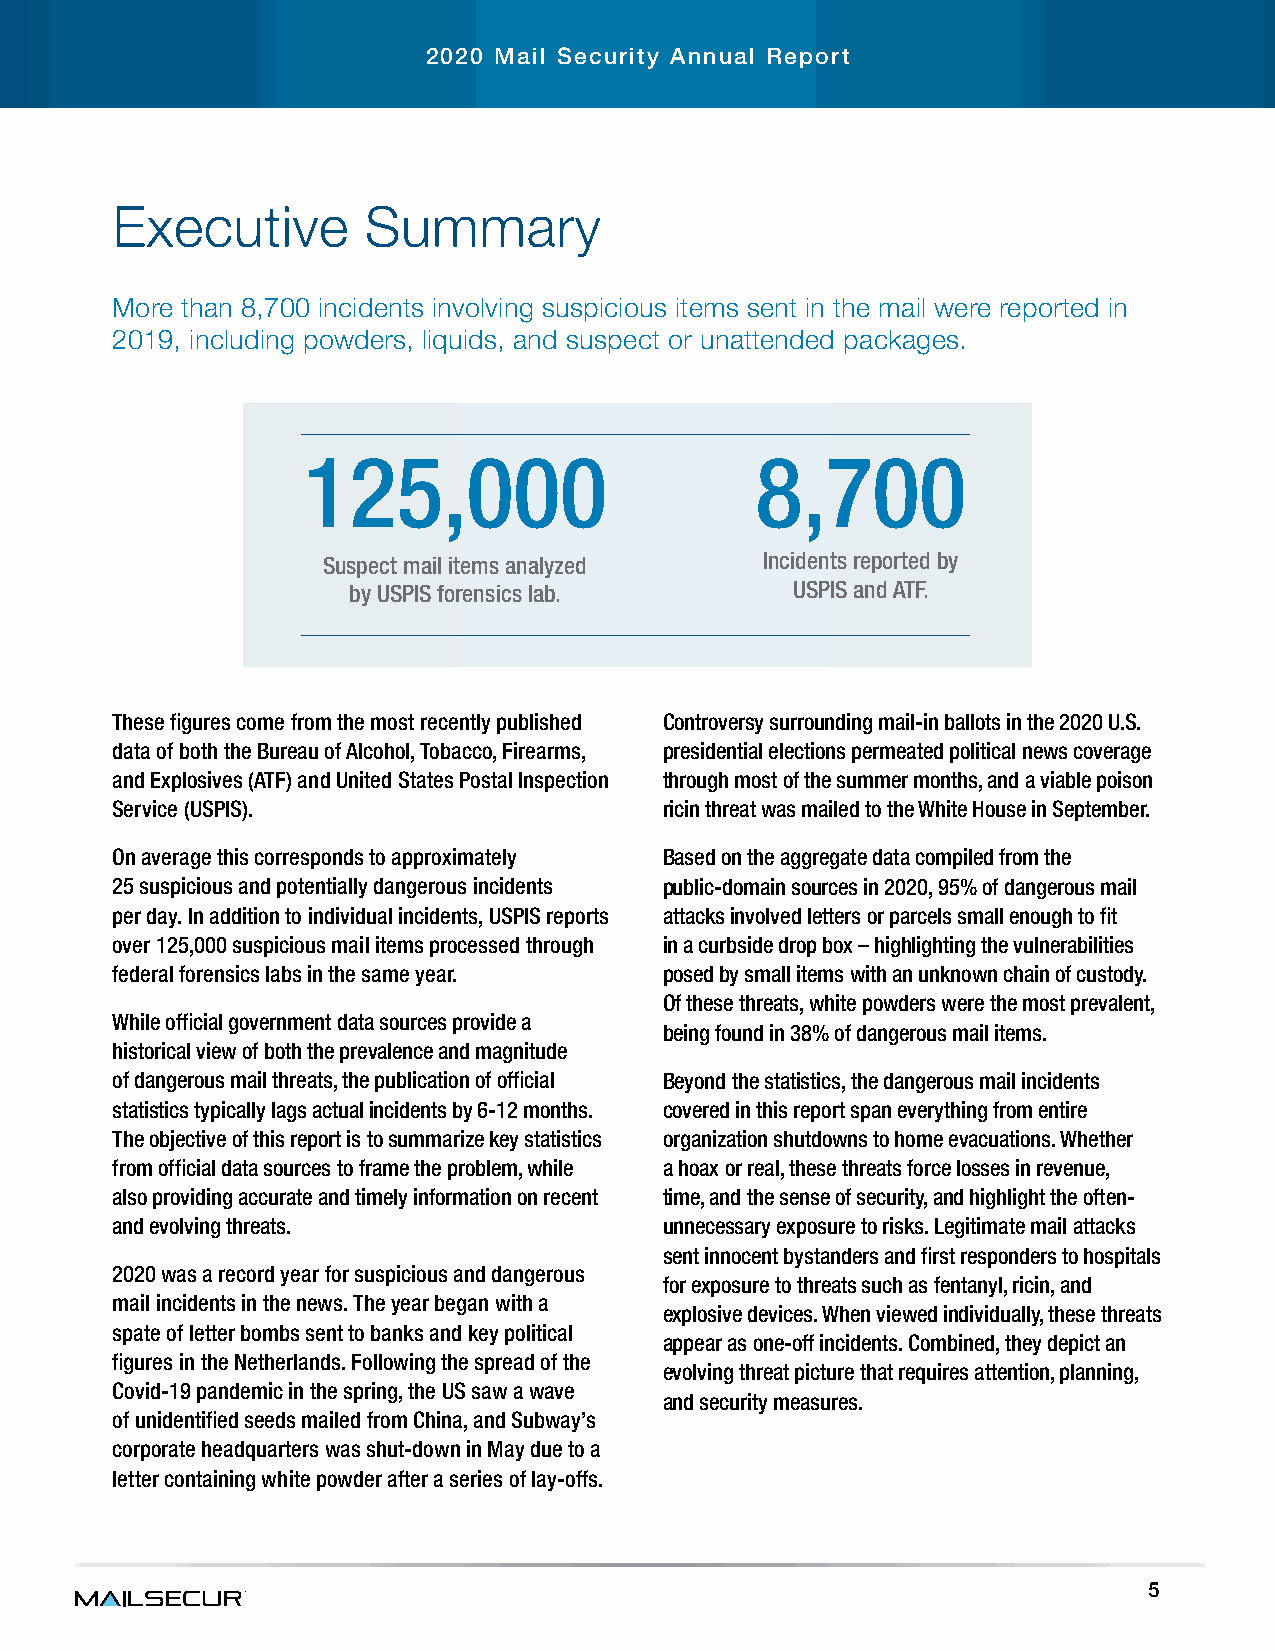
2020 Mail Security Annual Report
 Executive        Summary
 More than 8,700 incidents involving suspicious items sent in the mail were reported in
 2019, including powders, liquids, and suspect or unattended packages.
 125,000                       8,700
 Suspect mail items analyzed   Incidents reported by
 by USPIS forensics lab.      USPIS and ATF.
 These figures come from the most recently published Controversy surrounding mail-in ballots in the 2020 U.S.
 data of both the Bureau of Alcohol, Tobacco, Firearms, presidential elections permeated political news coverage
 and Explosives (ATF) and United States Postal Inspection through most of the summer months, and a viable poison
 Service (USPIS).                     ricin threat was mailed to the White House in September.
 On average this corresponds to approximately Based on the aggregate data compiled from the
 25 suspicious and potentially dangerous incidents public-domain sources in 2020, 95% of dangerous mail
 per day. In addition to individual incidents, USPIS reports attacks involved letters or parcels small enough to fit
 over 125,000 suspicious mail items processed through in a curbside drop box – highlighting the vulnerabilities
 federal forensics labs in the same year. posed by small items with an unknown chain of custody.
 Of these threats, white powders were the most prevalent,
 While official government data sources provide a
 being found in 38% of dangerous mail items.
 historical view of both the prevalence and magnitude
 of dangerous mail threats, the publication of official Beyond the statistics, the dangerous mail incidents
 statistics typically lags actual incidents by 6-12 months. covered in this report span everything from entire
 The objective of this report is to summarize key statistics organization shutdowns to home evacuations. Whether
 from official data sources to frame the problem, while a hoax or real, these threats force losses in revenue,
 also providing accurate and timely information on recent time, and the sense of security, and highlight the often-
 and evolving threats.                unnecessary exposure to risks. Legitimate mail attacks
 sent innocent bystanders and first responders to hospitals
 2020 was a record year for suspicious and dangerous
 for exposure to threats such as fentanyl, ricin, and
 mail incidents in the news. The year began with a
 explosive devices. When viewed individually, these threats
 spate of letter bombs sent to banks and key political
 appear as one-off incidents. Combined, they depict an
 figures in the Netherlands. Following the spread of the
 evolving threat picture that requires attention, planning,
 Covid-19 pandemic in the spring, the US saw a wave
 and security measures.
 of unidentified seeds mailed from China, and Subway’s
 corporate headquarters was shut-down in May due to a
 letter containing white powder after a series of lay-offs.
 5